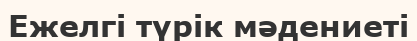
Ежелгі түрік мәдениеті